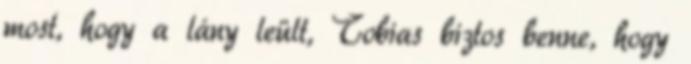
most, hogy a lány leült, Tobias biztos benne, hogy